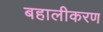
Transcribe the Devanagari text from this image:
बहालीकरण